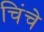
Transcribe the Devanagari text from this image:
चिंचे